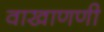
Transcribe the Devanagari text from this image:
वाखाणणी